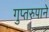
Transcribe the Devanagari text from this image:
गुप्तरुपाने